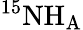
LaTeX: ^{15}\mathrm{N}\mathrm{H_{A}}